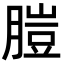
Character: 䐩